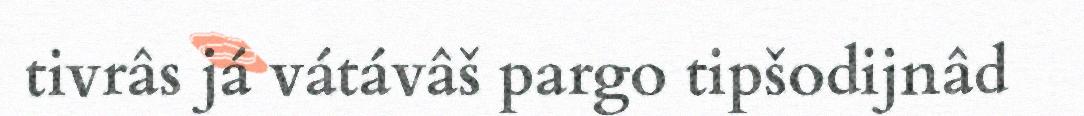
tivrâs já vátávâš pargo tipšodijnâd